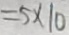
= 5 \times 1 0